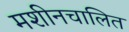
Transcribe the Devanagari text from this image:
मशीनचालित